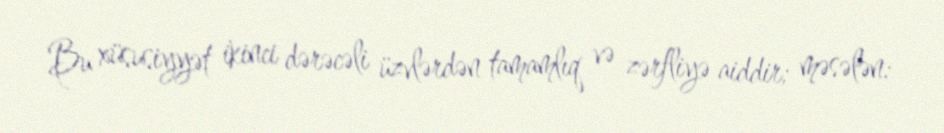
Bu xüsusiyyət ikinci dərəcəli üzvlərdən tamamlıq və zərfliyə aiddir; məsələn: